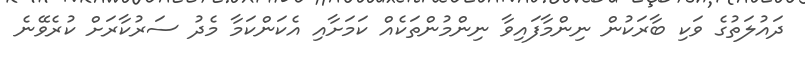
ދައުލަތުގެ ވަކި ބާރަކުން ނިންމާފައިވާ ނިންމުންތަކެއް ކަމަށާއި އެކަންކަމާ މެދު ސަރުކާރަށް ކުރެވޭނެ